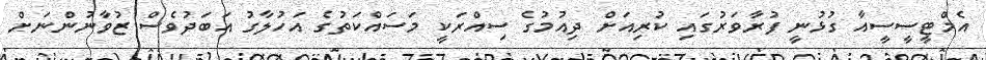
އެމްޓީސީސީއާ ގުޅުނީ ފުރާވަރުގައި ކުރިއަށް ދިއުމުގެ ސިއްރަކީ މަސައްކަތުގެ އަހުލާގު އަބަދުވެސް ޒުވާނުންނަށް